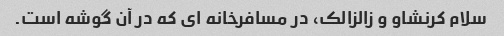
سلام کرنشاو و زالزالک، در مسافرخانه ای که در آن گوشه است.